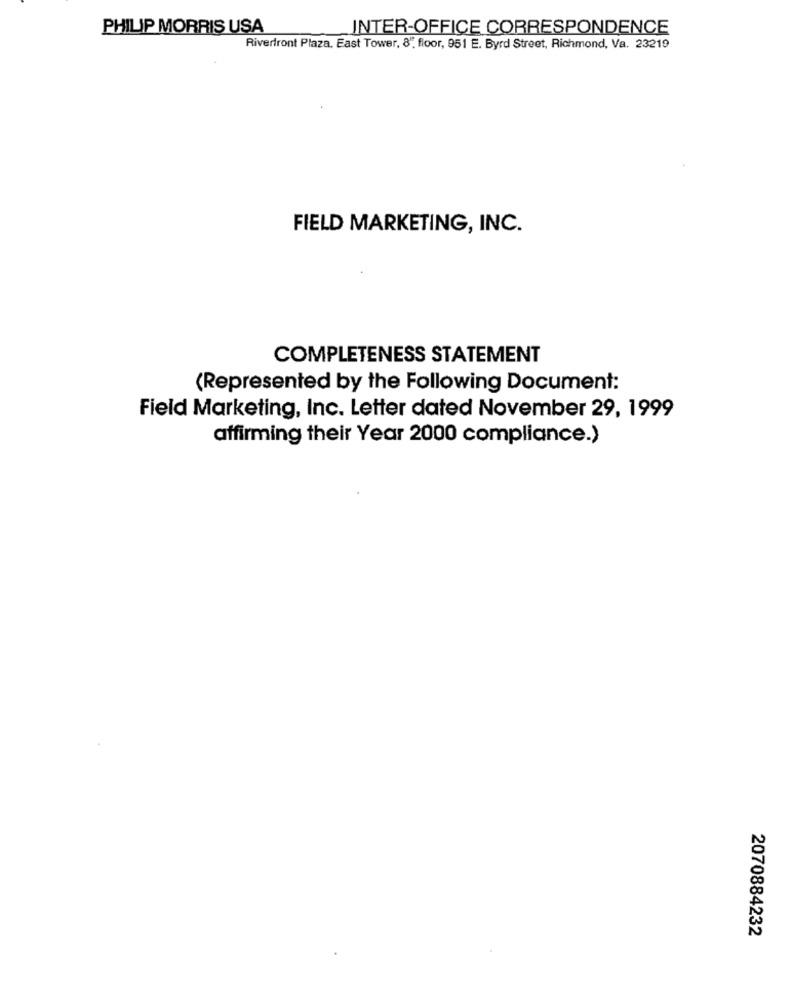
PHILIP MORRIS USA
INTER-OFFICE CORRESPONDENCE
Riverfront Plaza. East Tower, 8", floor, 951 E. Byrd Street, Richmond, Va. 23219
FIELD MARKETING, INC.
COMPLETENESS STATEMENT
(Represented by the Following Document:
Field Marketing, Inc. Letter dated November 29, 1999
affirming their Year 2000 compliance.)
2070884232